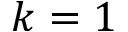
k = 1